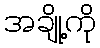
အချို့ကို